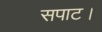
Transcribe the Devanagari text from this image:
सपाट।